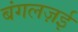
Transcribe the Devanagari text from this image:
बंगलज़ई